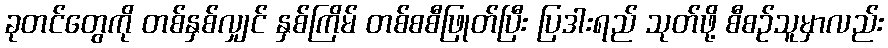
ခုတင်တွေကို တစ်နှစ်လျှင် နှစ်ကြိမ် တစ်စစီဖြုတ်ပြီး ပြဒါးရည် သုတ်ဖို့ စီစဉ်သူမှာလည်း